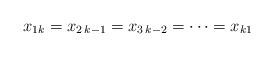
LaTeX: \begin{align*}x_{1k}=x_{2 \, k-1}=x_{3 \, k-2}=\cdots=x_{k1} \end{align*}